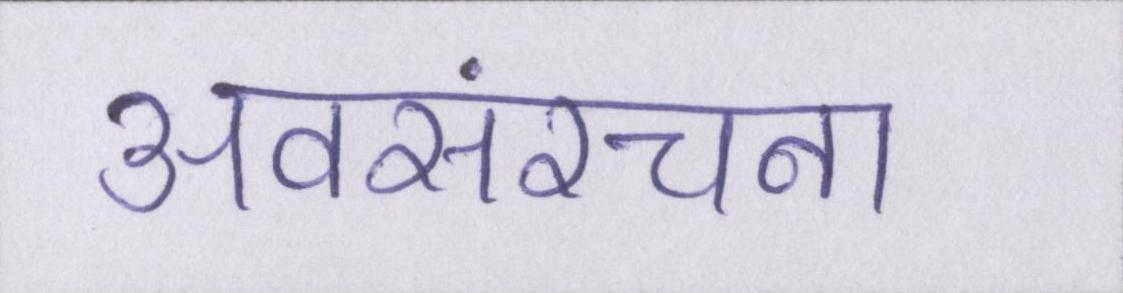
अवसंरचना